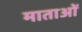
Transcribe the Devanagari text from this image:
माताआें